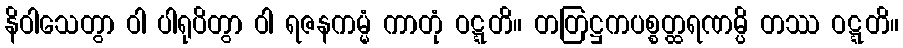
နိဝါသေတွာ ဝါ ပါရုပိတွာ ဝါ ရဇနကမ္မံ ကာတုံ ဝဋ္ဋတိ။ တတြဋ္ဌကပစ္စတ္ထရဏမ္ပိ တဿ ဝဋ္ဋတိ။